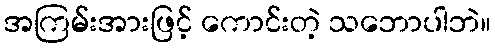
အကြမ်းအားဖြင့် ကောင်းတဲ့ သဘောပါဘဲ။